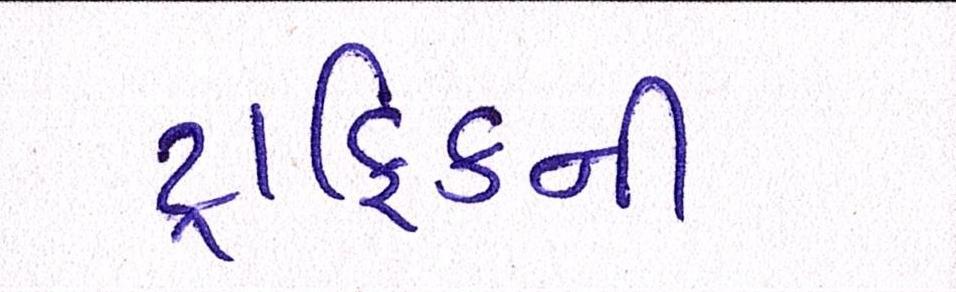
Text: ટ્રાફિકની